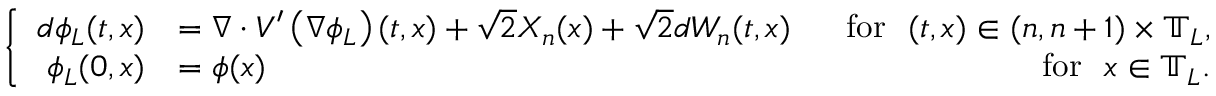
\left\{ \begin{array} { r l r } { d \phi _ { L } ( t , x ) } & { = \nabla \cdot V ^ { \prime } \left( \nabla \phi _ { L } \right) ( t , x ) + \sqrt { 2 } X _ { n } ( x ) + \sqrt { 2 } d W _ { n } ( t , x ) } & { ~ ~ \mathrm { f o r } ~ ~ ( t , x ) \in ( n , n + 1 ) \times \mathbb { T } _ { L } , } \\ { \phi _ { L } ( 0 , x ) } & { = \phi ( x ) } & { \mathrm { f o r } ~ ~ x \in \mathbb { T } _ { L } . } \end{array} \right.